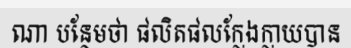
ណា បន្ថែមថា ផលិតផលក្លែងក្លាយបាន